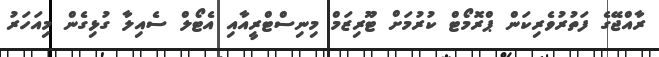
ރާއްޖޭގެ ފަތުރުވެރިކަން ޕްރޮމޯޓް ކުރުމަށް ޓޫރިޒަމް މިނިސްޓްރީއާއި އެޓޯލް ސެއިލާ ގުޅިގެން މިއަހަރު